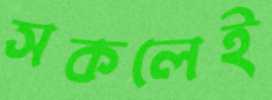
সকলেই